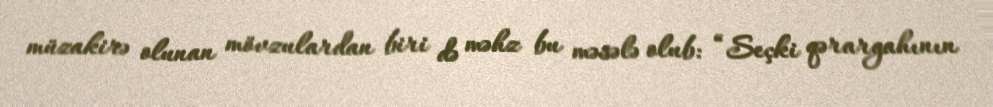
müzakirə olunan mövzulardan biri də məhz bu məsələ olub: “Seçki qərargahının